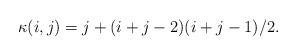
LaTeX: \begin{align*} \kappa(i,j)=j+(i+j-2)(i+j-1)/2.\end{align*}